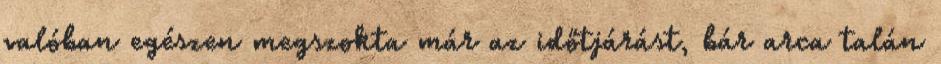
valóban egészen megszokta már az időtjárást, bár arca talán